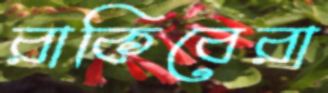
রাকিবেরা